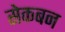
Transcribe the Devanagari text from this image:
सेकबन